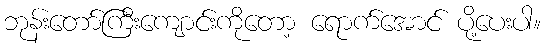
ဘုန်းတော်ကြီးကျောင်းကိုတော့ ရောက်အောင် ပို့ပေးပါ။